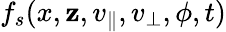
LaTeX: f_{s}(x,\mathbf{z},v_{\parallel},v_{\perp},\phi,t)